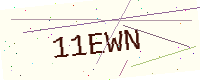
Text: 11EWN